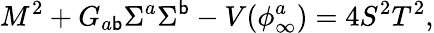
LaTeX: M^{2}+G_{a\mathsf{b}}\Sigma^{a}\Sigma^{\mathsf{b}}-V(\phi_{\infty}^{a})=4S^{2}T^{2},